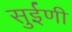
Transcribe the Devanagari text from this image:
सुईणी